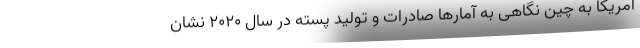
آمریکا به چین نگاهی به آمارها صادرات و تولید پسته در سال 2020 نشان